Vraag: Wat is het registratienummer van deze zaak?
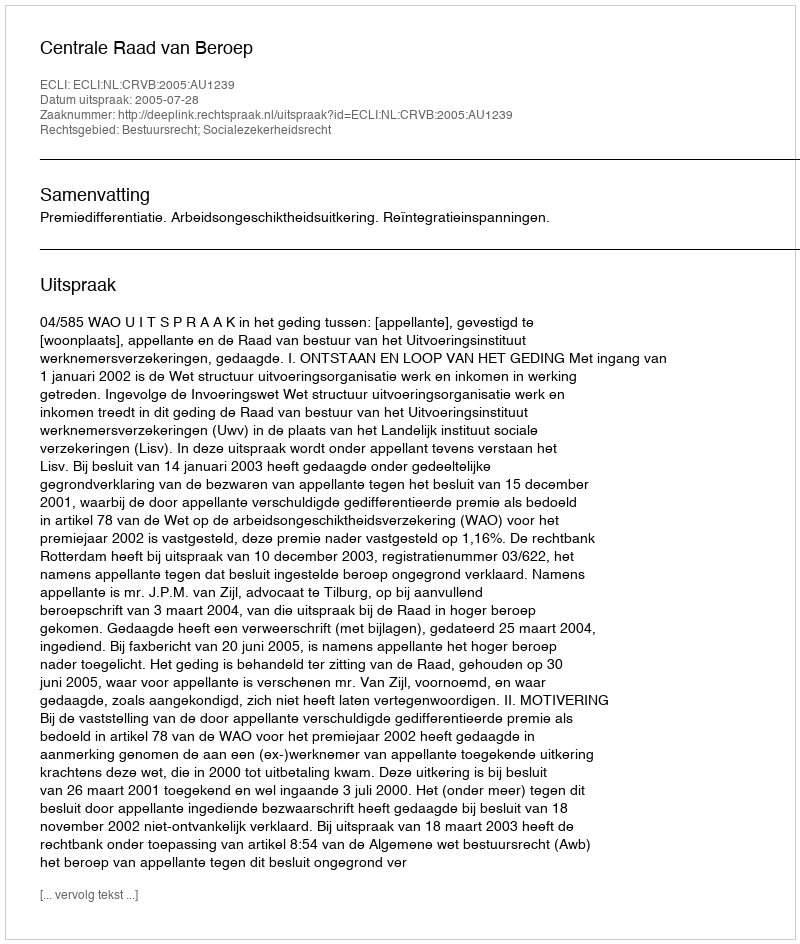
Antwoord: http://deeplink.rechtspraak.nl/uitspraak?id=ECLI:NL:CRVB:2005:AU1239